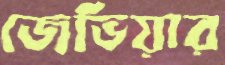
জেভিয়ার